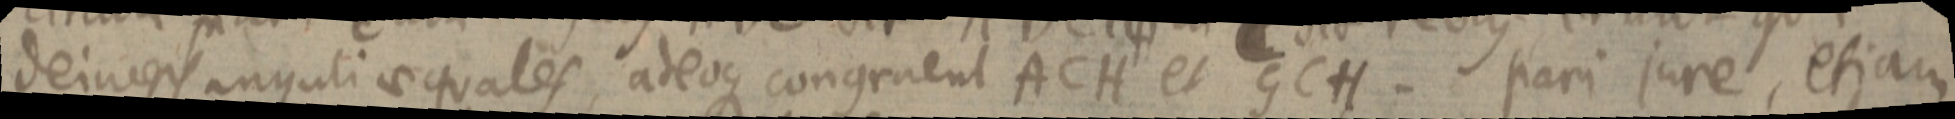
deinceps anguli aequales, adeoque congruent ACH et GCH. pari jure, etiam